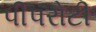
પીપરોટી